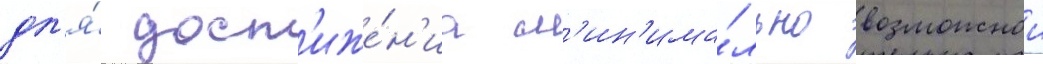
дл'я́ дост'иже́н'иа м'ин'има́льно возможнои